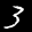
Label: 3